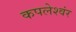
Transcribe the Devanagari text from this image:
कपलेश्वंर